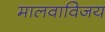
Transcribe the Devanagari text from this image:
मालवाविजय